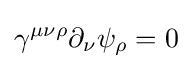
\gamma ^{\mu \nu \rho }\partial _{\nu }\psi _{\rho }=0